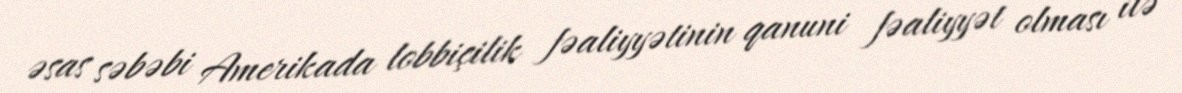
əsas səbəbi Amerikada lobbiçilik fəaliyyətinin qanuni fəaliyyət olması ilə